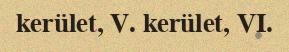
kerület, V. kerület, VI.